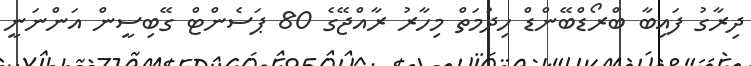
ދިރާގު ފައިބާ ބްރޯޑްބޭންޑް ހިދުމަތް މިހާރު ރާއްޖޭގެ 80 ޕަސެންޓް ގޭބިސީން އަންނަނީ